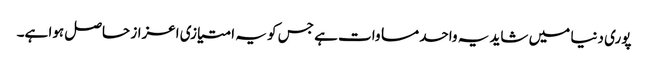
پوری دنیا میں شاید یہ واحد مساوات ہے جس کو یہ امتیازی اعزاز حاصل ہوا ہے۔